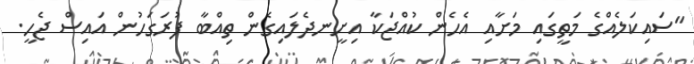
"ސައިކަލެއްގެ މަތީގައި މަށާއި އެހެން ކުއްޖަކާ އިށީނދެލައިގެން ތިއްބާ ފުރަގަހުން އައިސް ޖެހީ.